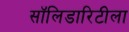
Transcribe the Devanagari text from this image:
सॉलिडारिटीला